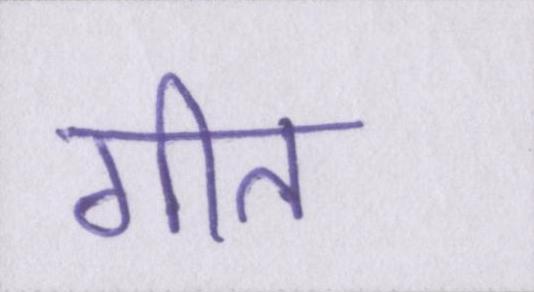
गीत